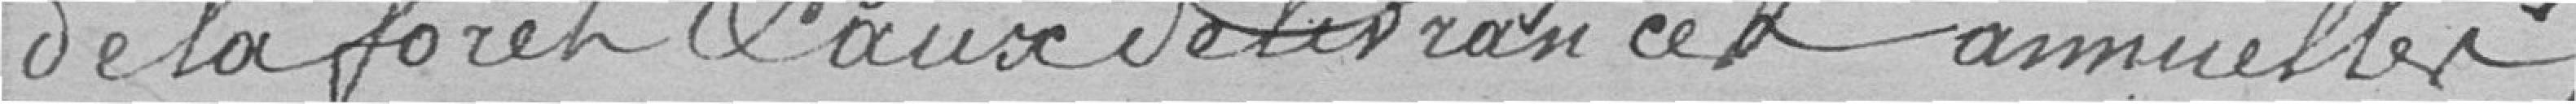
de la forêt et aux délivrances annuelles.